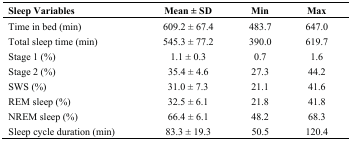
| Sleep Variables | Mean ± SD | Min | Max |
 | --- | --- | --- | --- |
 | Time in bed (min) | 609.2 ± 67.4 | 483.7 | 647.0 |
 | Total sleep time (min) | 545.3 ± 77.2 | 390.0 | 619.7 |
 | Stage 1 (%) | 1.1 ± 0.3 | 0.7 | 1.6 |
 | Stage 2 (%) | 35.4 ± 4.6 | 27.3 | 44.2 |
 | SWS (%) | 31.0 ± 7.3 | 21.1 | 41.6 |
 | REM sleep (%) | 32.5 ± 6.1 | 21.8 | 41.8 |
 | NREM sleep (%) | 66.4 ± 6.1 | 48.2 | 68.3 |
 | Sleep cycle duration (min) | 83.3 ± 19.3 | 50.5 | 120.4 |